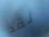
لقد